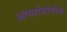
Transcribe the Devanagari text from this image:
आस्त्रोनोमीक